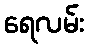
ရေလမ်း